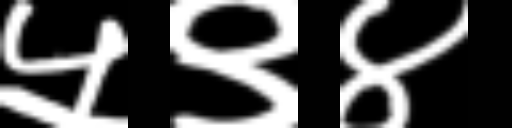
Text: ५९४